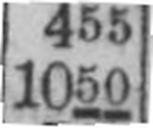
1050